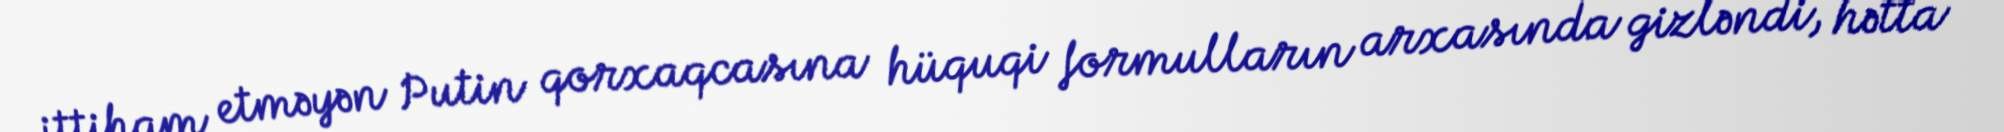
ittiham etməyən Putin qorxaqcasına hüquqi formulların arxasında gizləndi, hətta